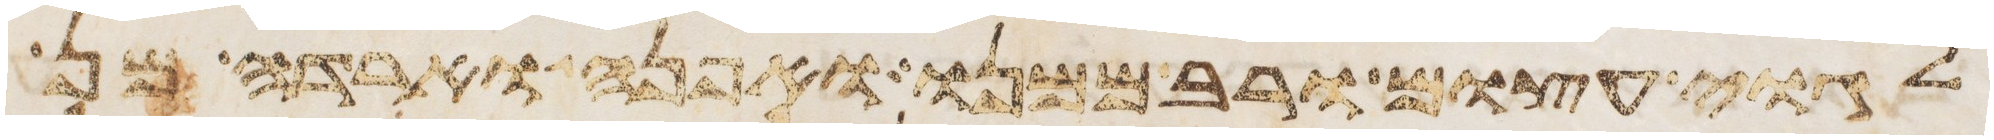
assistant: לגוי עצום ורב ממנו ואפנה וארדה מן